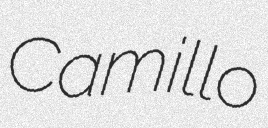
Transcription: Camillo